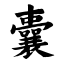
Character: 囊